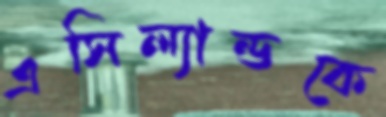
এসিল্যান্ডকে